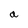
Character: a